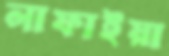
লাফাইয়া